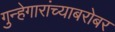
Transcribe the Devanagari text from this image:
गुन्हेगारांच्याबरोबर